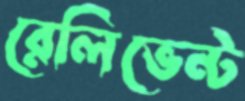
রেলিভেন্ট